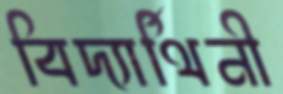
বিদ্যার্থিনী